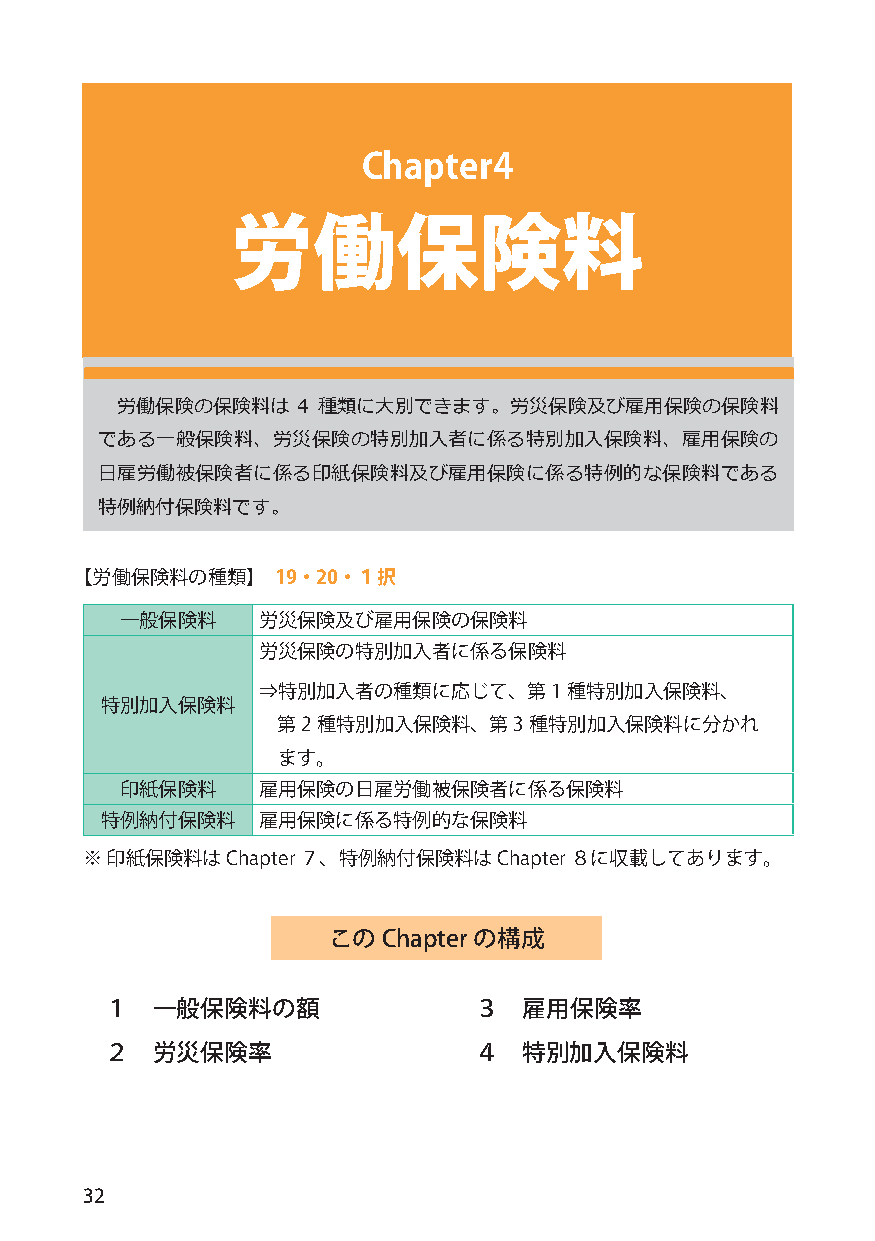
Chapter4
 労働保険料
 労働保険の保険料は   4 種類に大別できます。労災保険及び雇用保険の保険料
 である一般保険料、労災保険の特別加入者に係る特別加入保険料、雇用保険の
 日雇労働被保険者に係る印紙保険料及び雇用保険に係る特例的な保険料である
 特例納付保険料です。
 【労働保険料の種類】   19・20・１択
 一般保険料    労災保険及び雇用保険の保険料
 労災保険の特別加入者に係る保険料
 ⇒特別加入者の種類に応じて、第1    種特別加入保険料、
 特別加入保険料
 第2 種特別加入保険料、第3   種特別加入保険料に分かれ
 ます。
 印紙保険料    雇用保険の日雇労働被保険者に係る保険料
 特例納付保険料   雇用保険に係る特例的な保険料
 ※ 印紙保険料はChapter７、特例納付保険料はChapter８に収載してあります。
 このChapter の構成
 １  一般保険料の額              ３   雇用保険率
 ２  労災保険率                ４   特別加入保険料
 32